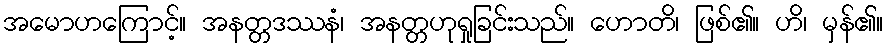
အမောဟကြောင့်။ အနတ္တဒဿနံ၊ အနတ္တဟုရှုခြင်းသည်။ ဟောတိ၊ ဖြစ်၏။ ဟိ၊ မှန်၏။